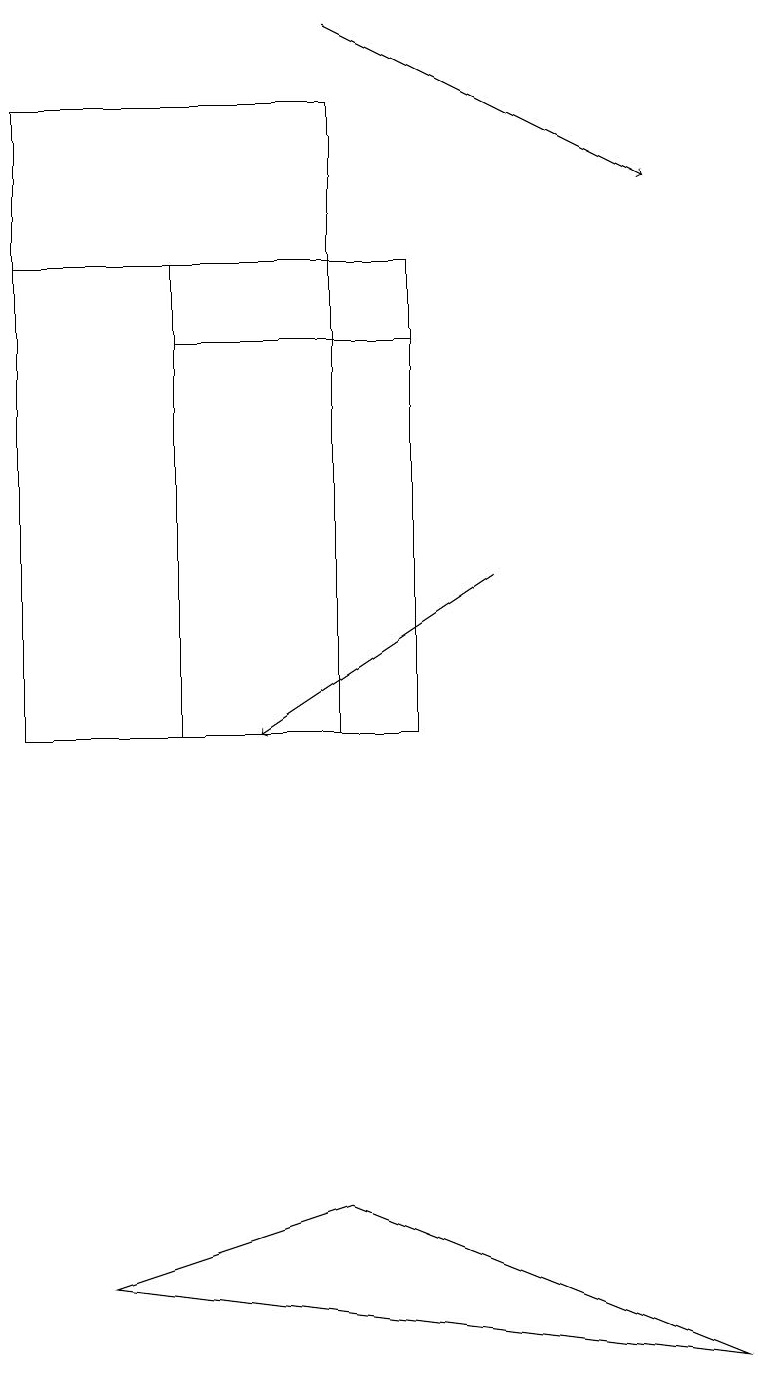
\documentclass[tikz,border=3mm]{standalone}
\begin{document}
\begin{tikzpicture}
\draw (0,10) rectangle (4,18);
\draw[->] (4,19) -- (8,17);
\draw[->] (6,12) -- (3,10);
\draw (4,16) rectangle (0,18);
\draw (1,3) -- (9,2) -- (4,4) -- cycle;
\draw (2,15) rectangle (5,16);
\draw (2,16) rectangle (5,10);
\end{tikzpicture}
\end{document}